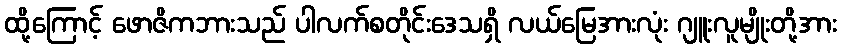
ထို့ကြောင့် ဖောဇိကဘားသည် ပါလက်စတိုင်းဒေသရှိ လယ်မြေအားလုံး ဂျူးလူမျိုးတို့အား